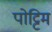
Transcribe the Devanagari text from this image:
पोट्टिम